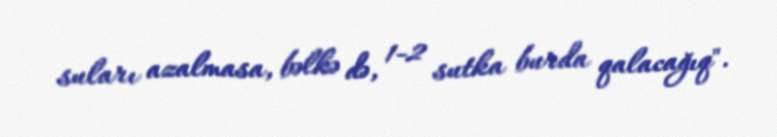
suları azalmasa, bəlkə də, 1-2 sutka burda qalacağıq".